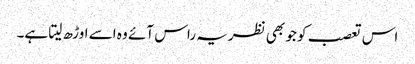
اس تعصب کو جو بھی نظریہ راس آئے وہ اسے اوڑھ لیتا ہے۔